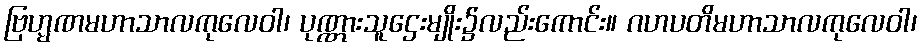
ဗြဟ္မဏမဟာသာလကုလေဝါ၊ ပုဏ္ဏားသူဌေးမျိုး၌လည်းကောင်း။ ဂဟပတိမဟာသာလကုလေဝါ၊